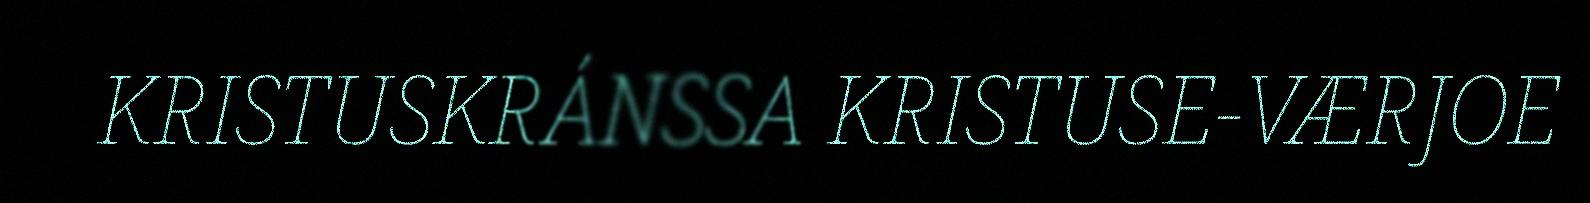
KRISTUSKRÁNSSA KRISTUSE-VÆRJOE